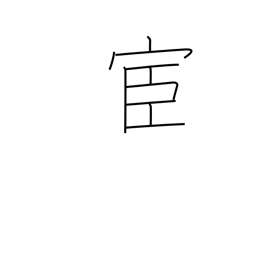
Meaning: official